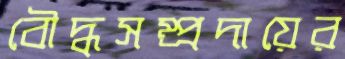
বৌদ্ধসম্প্রদায়ের